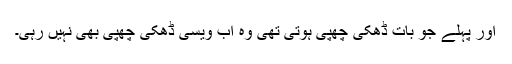
اور پہلے جو بات ڈھکی چھپی ہوتی تھی وہ اب ویسی ڈھکی چھپی بھی نہیں رہی۔